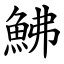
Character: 鮄